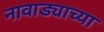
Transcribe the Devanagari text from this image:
नावाड्याच्या